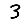
Digit: 3